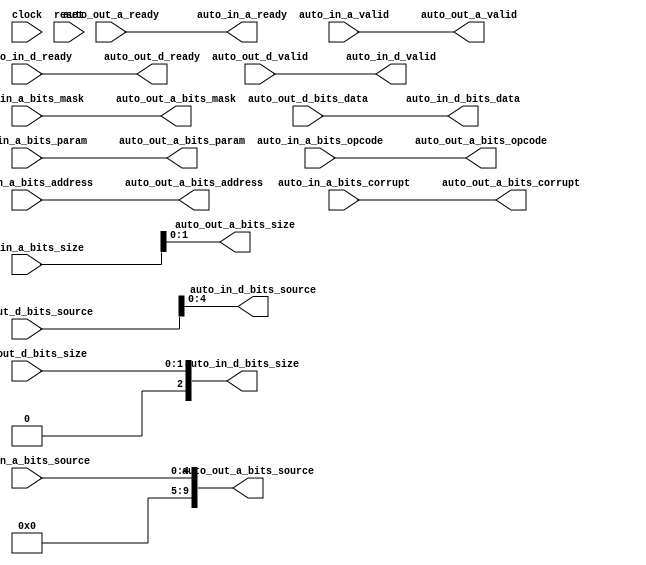
module TLFragmenter_3( 
  input         clock, 
  input         reset, 
  output        auto_in_a_ready, 
  input         auto_in_a_valid, 
  input  [2:0]  auto_in_a_bits_opcode, 
  input  [2:0]  auto_in_a_bits_param, 
  input  [2:0]  auto_in_a_bits_size, 
  input  [4:0]  auto_in_a_bits_source, 
  input  [16:0] auto_in_a_bits_address, 
  input  [3:0]  auto_in_a_bits_mask, 
  input         auto_in_a_bits_corrupt, 
  input         auto_in_d_ready, 
  output        auto_in_d_valid, 
  output [2:0]  auto_in_d_bits_size, 
  output [4:0]  auto_in_d_bits_source, 
  output [31:0] auto_in_d_bits_data, 
  input         auto_out_a_ready, 
  output        auto_out_a_valid, 
  output [2:0]  auto_out_a_bits_opcode, 
  output [2:0]  auto_out_a_bits_param, 
  output [1:0]  auto_out_a_bits_size, 
  output [9:0]  auto_out_a_bits_source, 
  output [16:0] auto_out_a_bits_address, 
  output [3:0]  auto_out_a_bits_mask, 
  output        auto_out_a_bits_corrupt, 
  output        auto_out_d_ready, 
  input         auto_out_d_valid, 
  input  [1:0]  auto_out_d_bits_size, 
  input  [9:0]  auto_out_d_bits_source, 
  input  [31:0] auto_out_d_bits_data 
);

  assign auto_in_a_ready = auto_out_a_ready; 
  assign auto_in_d_valid = auto_out_d_valid; 
  assign auto_in_d_bits_size = auto_out_d_bits_size; 
  assign auto_in_d_bits_source = auto_out_d_bits_source; 
  assign auto_in_d_bits_data = auto_out_d_bits_data; 
  assign auto_out_a_valid = auto_in_a_valid; 
  assign auto_out_a_bits_opcode = auto_in_a_bits_opcode; 
  assign auto_out_a_bits_param = auto_in_a_bits_param; 
  assign auto_out_a_bits_size = auto_in_a_bits_size; 
  assign auto_out_a_bits_source = auto_in_a_bits_source; 
  assign auto_out_a_bits_address = auto_in_a_bits_address; 
  assign auto_out_a_bits_mask = auto_in_a_bits_mask; 
  assign auto_out_a_bits_corrupt = auto_in_a_bits_corrupt; 
  assign auto_out_d_ready = auto_in_d_ready; 


endmodule